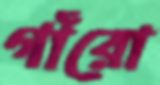
গাঁরো